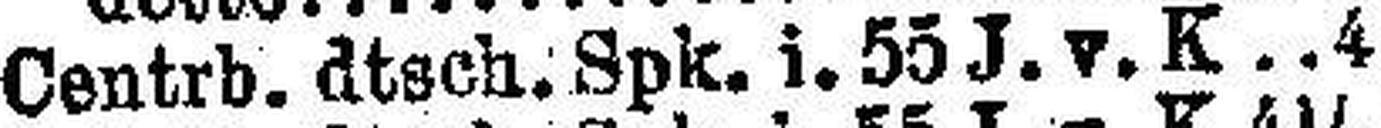
Centrb. dtsch. Spk. i. 55 J. v. K 4